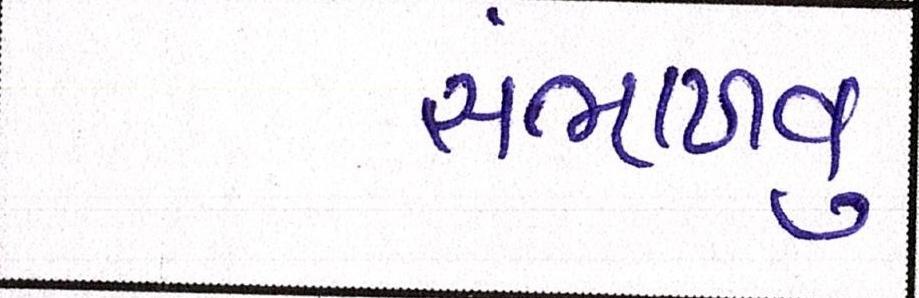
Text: સંભાળવું